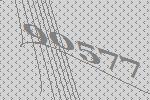
90577